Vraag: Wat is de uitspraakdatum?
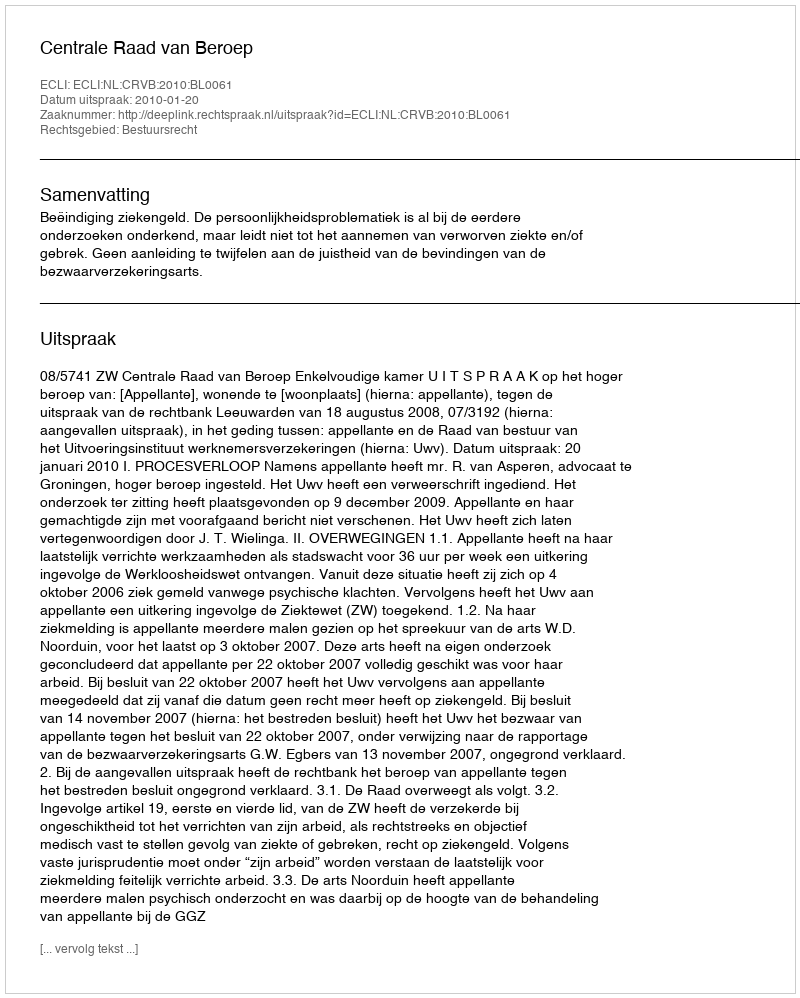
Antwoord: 2010-01-20